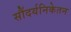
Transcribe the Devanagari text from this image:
सौंदर्यनिकेतन